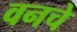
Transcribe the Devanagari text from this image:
वनचे